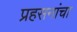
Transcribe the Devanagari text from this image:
प्रहसनांचा